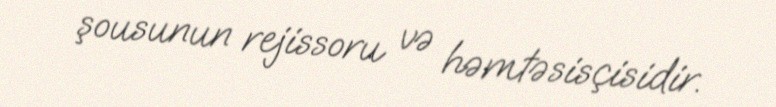
şousunun rejissoru və həmtəsisçisidir.